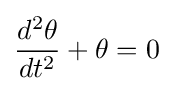
{\frac {d^{2}\theta }{dt^{2}}}+\theta =0